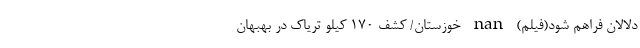
دلالان فراهم شود(فیلم) nan خوزستان/ کشف ۱۷۰ کیلو تریاک در بهبهان